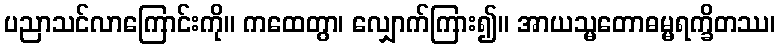
ပညာသင်လာကြောင်းကို။ ကထေတွာ၊ လျှောက်ကြား၍။ အာယသ္မတောဓမ္မရက္ခိတဿ၊